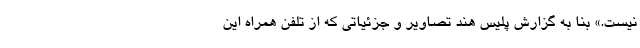
نیست.» بنا به گزارش پلیس هند تصاویر و جزئیاتی که از تلفن همراه این